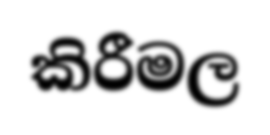
කිරීමල